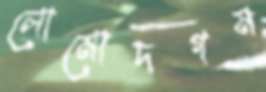
লোমোদগম